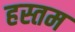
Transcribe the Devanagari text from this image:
हस्तम